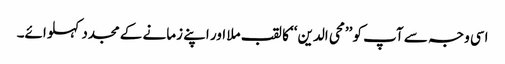
اسی وجہ سے آپ کو ’’محی الدین‘‘ کا لقب ملا اور اپنے زمانے کے مجدد کہلوائے۔